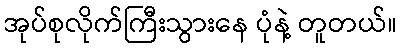
အုပ်စုလိုက်ကြီးသွားနေ ပုံနဲ့ တူတယ်။